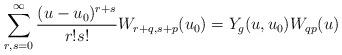
LaTeX: \begin{align*}\sum_{r,s=0}^\infty {(u-u_0)^{r+s} \over r!s!}W_{r+q,s+p}(u_0) = Y_g(u,u_0)W_{qp}(u)\end{align*}